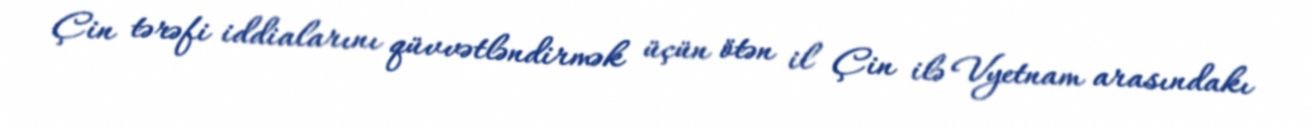
Çin tərəfi iddialarını qüvvətləndirmək üçün ötən il Çin ilə Vyetnam arasındakı